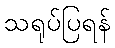
သရုပ်ပြရန်